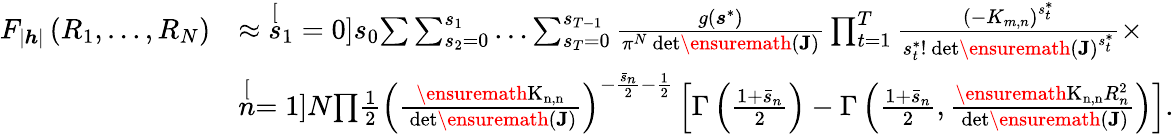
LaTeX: \begin{array}{rl}{F_{\left|\boldsymbol{h}\right|}\left(R_{1},\ldots,R_{N}\right)}&{\approx\stackrel[s_{1}=0]{s_{0}}{\sum}\sum_{s_{2}=0}^{s_{1}}\ldots\sum_{s_{T}=0}^{s_{T-1}}\frac{g\left(\boldsymbol{s}^{*}\right)}{\pi^{N}\mathrm{\mathrm{~{det}}\ensuremath{\left(\boldsymbol{J}\right)}}}\prod_{t=1}^{T}\frac{\left(-K_{m,n}\right)^{s_{t}^{*}}}{s_{t}^{*}!\mathrm{\mathrm{~{det}}\ensuremath{\left(\boldsymbol{J}\right)}}^{s_{t}^{*}}}\times}\\ &{\stackrel[n=1]{N}{\prod}\frac{1}{2}\left(\frac{\mathrm{\ensuremath{K_{n,n}}}}{\mathrm{\mathrm{~{det}}\ensuremath{\left(\boldsymbol{J}\right)}}}\right)^{-\frac{\bar{s}_{n}}{2}-\frac{1}{2}}\left[\Gamma\left(\frac{1+\bar{s}_{n}}{2}\right)-\Gamma\left(\frac{1+\bar{s}_{n}}{2},\frac{\mathrm{\ensuremath{K_{n,n}}}R_{n}^{2}}{\mathrm{\mathrm{~{det}}\ensuremath{\left(\boldsymbol{J}\right)}}}\right)\right].}\end{array}